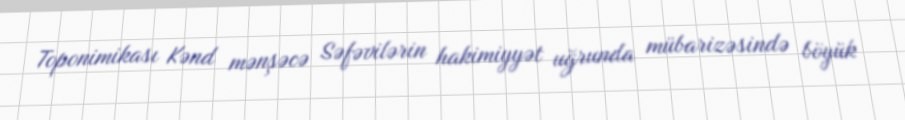
Toponimikası Kənd mənşəcə Səfəvilərin hakimiyyət uğrunda mübarizəsində böyük